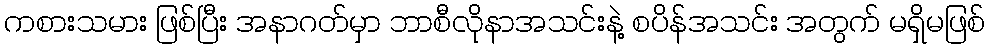
ကစားသမား ဖြစ်ပြီး အနာဂတ်မှာ ဘာစီလိုနာအသင်းနဲ့ စပိန်အသင်း အတွက် မရှိမဖြစ်